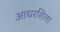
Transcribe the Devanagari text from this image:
आधरशिला